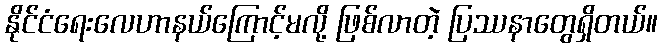
နိုင်ငံရေးလေဟာနယ်ကြောင့်မလို့ ဖြစ်လာတဲ့ ပြဿနာတွေရှိတယ်။